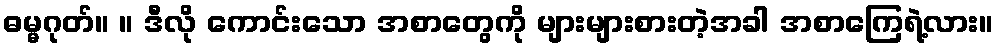
ဓမ္မဂုတ်။ ။ ဒီလို ကောင်းသော အစာတွေကို များများစားတဲ့အခါ အစာကြေရဲ့လား။